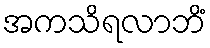
အကသိရလာဘိံ